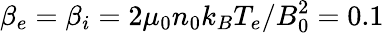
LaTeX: \beta_{e}=\beta_{i}=2\mu_{0}n_{0}k_{B}T_{e}/B_{0}^{2}=0.1